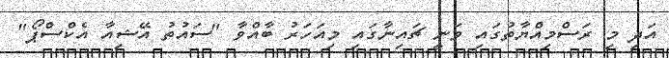
އަދި މި ރަސްމިއްޔާތުގައި ވަނީ ޗައިނާގައި މިއަހަރު ބާއްވާ "ސައުތު އޭޝިއާ އެކްސްޕޯ"